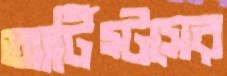
আর্টিস্টসের